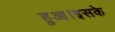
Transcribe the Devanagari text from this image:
हुआ।इसके